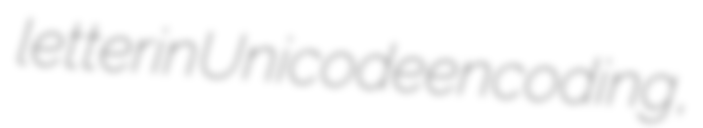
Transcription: letter in Unicode encoding,